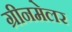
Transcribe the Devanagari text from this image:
ग्रीनमेलर